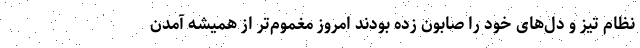
نظام تیز و دل‌های خود را صابون زده بودند امروز مغموم‌تر از همیشه آمدن